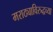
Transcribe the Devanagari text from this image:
मराठ्याविरुद्धच्या